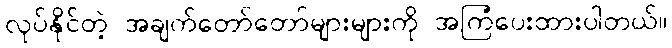
လုပ်နိုင်တဲ့ အချက်တော်တော်များများကို အကြံပေးထားပါတယ်။